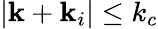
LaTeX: |\mathbf{k}+\mathbf{k}_{i}|\leq k_{c}